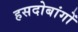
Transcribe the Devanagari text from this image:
हसदोबांगों